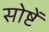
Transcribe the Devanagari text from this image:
सोष्टें